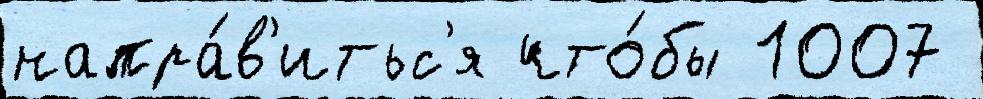
напра́в'итьс'я что́бы 1007